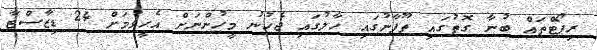
ރިޕޯޓްތައް ބުނާ ގޮތުގައި ތޫފާނުގައި ހާލުގައި ޖެހުނު މީހުންނަށް އެހީވުމަށް 24 ޑިޒާސްޓާ